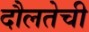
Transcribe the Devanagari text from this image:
दौलतेची